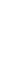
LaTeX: \! \! \! \! \! \! \! \! \! \! \! \! \! \! \! \! \! \! \! \! \! \! \! I\! \! \! \! \! \! \! \! \! \! \! \! _{\! \! \! \! \! \! \! \! \! \! \! \! \gamma}\! \! \! \! \! \! \! \! \! \! \! \! (A\! \! \! \! \! \! \! \! \! \! \! \! )\! \! \! \! \! \! \! \! \! \! \! \! :\! \! \! \! \! \! \! \! \! \! \! \! =W\! \! \! \! \! \! \! \! \! \! \! \! (\! \! \! \! \! \! \! \! \! \! \! \! \Gamma\! \! \! \! \! \! \! \! \! \! \! \! )\! \! \! \! \! \! \! \! \! \! \! \! =\! \! \! \! \! \! \! \! \! \! \! \! \frac{\! \! \! \! \! \! \! \! \! \! \! \! 1}{\! \! \! \! \! \! \! \! \! \! \! \! 2\! \! \! \! \! \! \! \! \! \! \! \! \pi}\! \! \! \! \! \! \! \! \! \! \! \! \int\! \! \! \! \! \! \! \! \! \! \! \! _{\! \! \! \! \! \! \! \! \! \! \! \! \Gamma}\! \! \! \! \! \! \! \! \! \! \! \! \! \! \! \! \! \! \! \! \! \! \! \! \omega\! \! \! \! \! \! \! \! \! \! \! \! _{W}\! \! \! \! \! \! \! \! \! \! \! \! ,\! \! \! \! \! \! \! \! \! \! \! \! \! \! \! \! \! \! \! \! \! \! \!